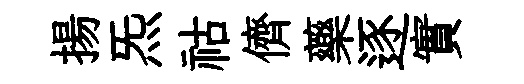
揚炁祜儕藥逐實